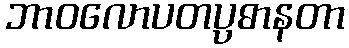
ဘာဝလောပတပ္ပဓာနတာ